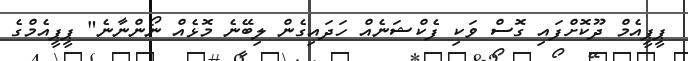
ޕީޕީއެމް ދޫކޮށްފައި ގޮސް ވަކި ފެކްޝަނެއް ހަދައިގެން ލިބޭނެ މޮޅެއް ނޯންނާނެ" ޕީޕީއެމްގެ